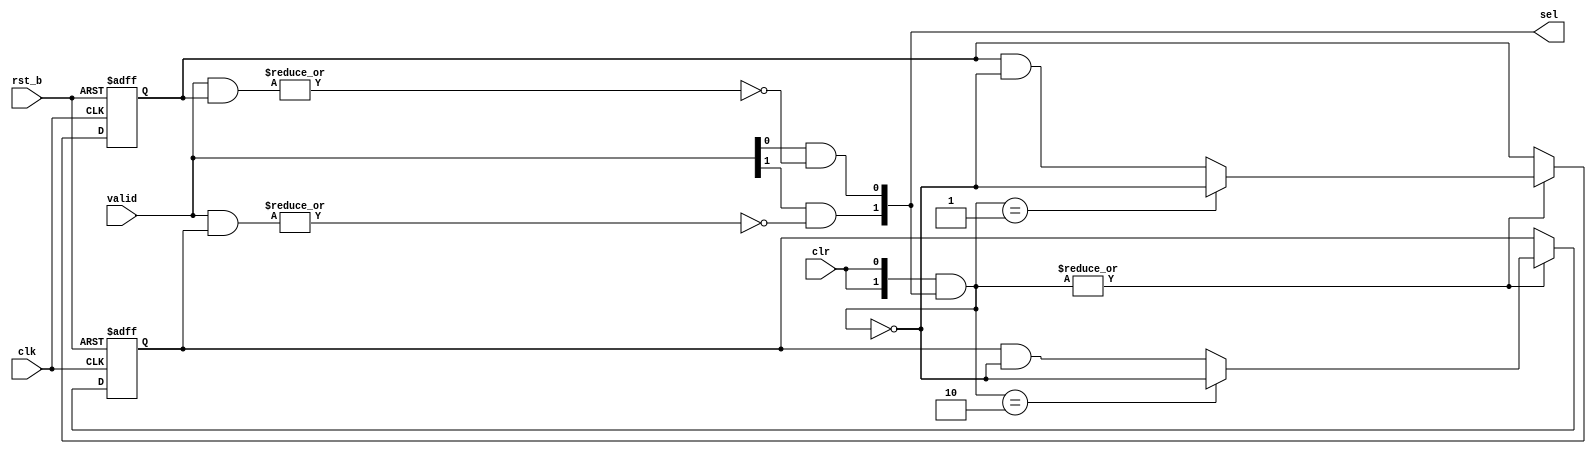
/*Copyright 2019-2021 T-Head Semiconductor Co., Ltd.

Licensed under the Apache License, Version 2.0 (the "License");
you may not use this file except in compliance with the License.
You may obtain a copy of the License at

    http://www.apache.org/licenses/LICENSE-2.0

Unless required by applicable law or agreed to in writing, software
distributed under the License is distributed on an "AS IS" BASIS,
WITHOUT WARRANTIES OR CONDITIONS OF ANY KIND, either express or implied.
See the License for the specific language governing permissions and
limitations under the License.
*/

module ct_prio(
  clk,
  rst_b,
  valid,
  clr,
  sel
);
parameter NUM =2;

input            clk;
input            rst_b;
input  [NUM-1:0] valid;
input            clr;
output [NUM-1:0] sel;

reg    [NUM-1:0] prio [NUM-1:0];
reg    [NUM-1:0] unused [NUM-1:0];
wire   [NUM-1:0] sel;
wire   [NUM-1:0] clr_bus;

assign clr_bus[NUM-1:0] = {NUM{clr}} & sel[NUM-1:0];

genvar i;
generate
for(i=0; i<NUM; i=i+1) begin:PRIO_MATRIX_GEN
always@(posedge clk or negedge rst_b)
begin
  if (!rst_b)
    {prio[i][NUM-1:0], unused[i][NUM-1:0]} <= {{NUM{1'b0}}, {NUM{1'b1}}} << i;
  else if(|clr_bus[NUM-1:0]) begin
    prio[i][NUM-1:0] <= (clr_bus[NUM-1:0] == ({{(NUM-1){1'b0}},1'b1}<<i)) 
                      ? ~clr_bus[NUM-1:0] 
                      : prio[i][NUM-1:0] &~clr_bus[NUM-1:0];
  end
end
end
endgenerate

generate
for(i=0; i<NUM; i=i+1) begin: SEL_GEN
assign sel[i] = valid[i] && !(|(valid[NUM-1:0] & prio[i][NUM-1:0]));
end
endgenerate

endmodule